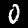
Digit: 0